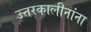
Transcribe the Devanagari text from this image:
उत्तरकालीनांना